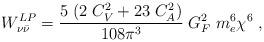
LaTeX: \begin{align*}{W}^{LP}_{\nu {\bar \nu}} =\frac{5\;(2\;C_V^2+23\;C_A^2)}{108\pi^3}\;G_F^2\;m_e^6\chi^6\;,\end{align*}